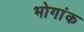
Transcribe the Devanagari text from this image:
भोगांक